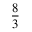
\frac { 8 } { 3 }